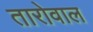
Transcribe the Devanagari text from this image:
तारोवाल